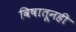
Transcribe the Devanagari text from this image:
विषातूनही